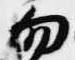
勿